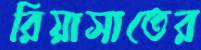
রিয়াসাতের